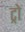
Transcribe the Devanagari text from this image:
ट्रो